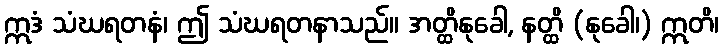
ဣဒံ သံဃရတနံ၊ ဤ သံဃရတနာသည်။ အတ္ထိနုခေါ, နတ္ထိ (နုခေါ၊) ဣတိ၊